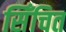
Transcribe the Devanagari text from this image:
सिँचित